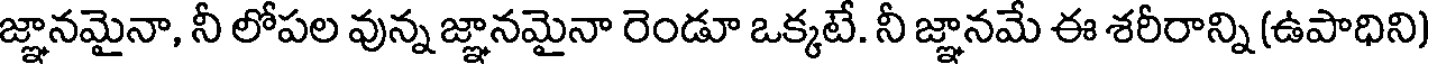
జ్ఞానమైనా, నీ లోపల వున్న జ్ఞానమైనా రెండూ ఒక్కటే. నీ జ్ఞానమే ఈ శరీరాన్ని (ఉపాధిని)